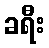
ခရီး